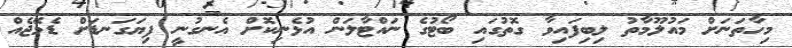
މިހާތަނަށް މައުލޫމާތު ލިބިފައިވާ ގޮތުގައި ބޯޓުގެ ނައްޓާލަން އުޅެނިކޮށް އެނގުނީ ފިޔަގަނޑަށް ޑެމޭޖެއް